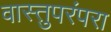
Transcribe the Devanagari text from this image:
वास्तुपरंपरा